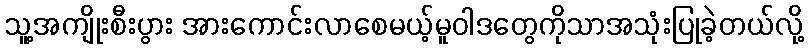
သူ့အကျိုးစီးပွား အားကောင်းလာစေမယ့်မူဝါဒတွေကိုသာအသုံးပြုခဲ့တယ်လို့